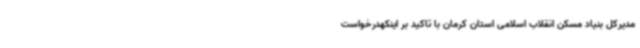
مدیرکل بنیاد مسکن انقلاب اسلامی استان کرمان با تاکید بر اینکهدرخواست